Leaving Certificate Examination, 1924
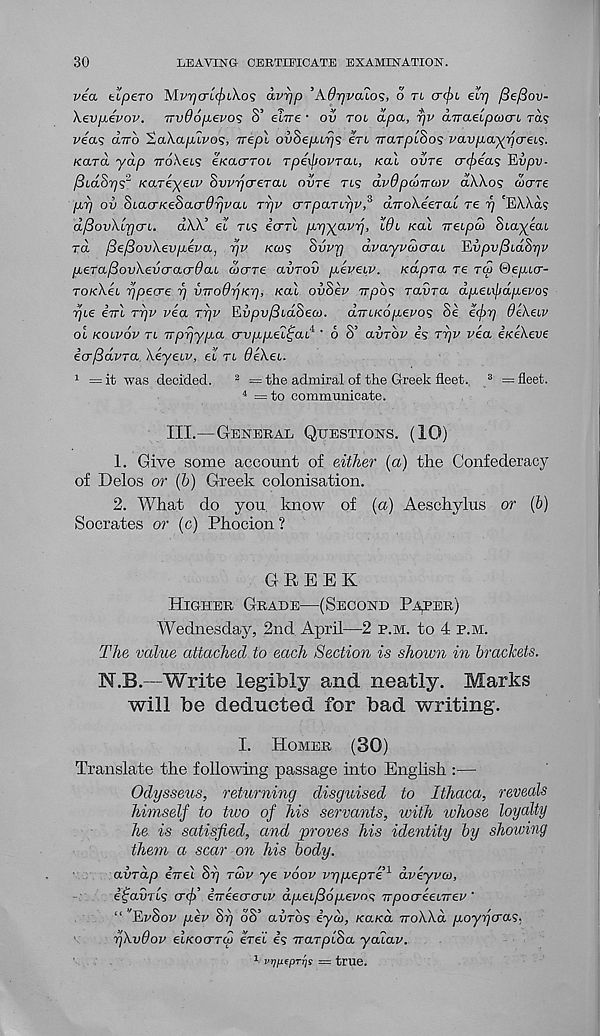
30
LEAVING CERTIFICATE EXAMINATION.
via tlpero MvrjcrL(f)LXo<; avrjp ’Adyvcuos, o ti
elrj fiefiov-
Xevpevov. Trv96p.evo<; S’ elire • ov tol apa, r/v aTraetpwcrt ra?
vea? dno 'taXapuvo^, irepl ovSepurjs In irarpiSos vavpa^rjae^.
kclto. ydp TroXets eKacrTOL rpexjiovTCU, kcll ovre cn^eas Riipv-
fiLaSr)'; 2 KaTeyeiv SvvtjcreTaL ovre tis dvOpcoTrcov aA.\os wcrre
pLT) ov &LOi<TKe$acr0rjvai Tpv crTpaTirjv, 3 aTroXeerax re rj 'EXXa?
dfSovXiTjcn. a\X’ et ns Ictti p.-rp^avyj, Wi koli ireipco Siayeai
ra /SefiovXevpeva, rjv kcos Svvr] dvayvaicrcu ’Ewpv^idhrjv
pefafiovXeucracrdaL (ucrre avrov p.eveiy. xapra re ra! ©epicr-
tokXel ppecre 17 VTToOrjK-q, Kal ovSev Trpbs ravra dpeixfidpevo?
YjL€ iirl TTjV via Tpv Evpvf3idSea>. dmKopevos Se etfir] Oekeiv
ol kolvov tl TrpqypM arvppei
icrfSdvTa \iyeiv, el tl 9e\ei.
1 =it was decided. 2 == the admiral of the Greek fleet. 3 = fleet.
4 =to communicate.
III.—General Questions. (IQ)
1. Give some account of either (a) the Confederacy
of Delos or (5) Greek colonisation.
2. What do you know of (a) Aeschylus or (b)
Socrates or (c) Phocion ?
|<u 4 • 6 S’ avrov Is tt]v via iKeXeve
GREEK
Higher Grade—(Second Pamper)
Wednesday, 2nd April—2 p.m. to 4 p.m.
The value attached to each Section is shown in brackets.
N.B.—Write legibly and neatly. Marks
will be deducted for bad writing.
I. Homer (30)
Translate the following passage into English :—
Odysseus, returning disguised to Ithaca, reveals
himself to two of his servants, with whose loyalty
he is satisfied, and proves his identity by showing
them a scar on his body,
avrdp iwei. Si) tcov ye voov vrjpepre 1 dviyvu,
Ifaurts cr^)’ irrieo-cnv dpeL/Sopevoc; irpocrieLTrev ‘
“ ^E^Sor pev Si) oS’ auTos iyd>, Kaied TroWd poyrj<Ta<;,
r/Xvdov ei/cocrr&j erei Is TrarptSa yalav.
1 vrjpepTrjs = true.